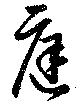
庭